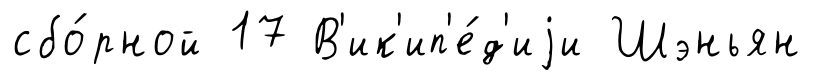
сбо́рной 17 В'ик'ип'е́д'иjи Шэньян